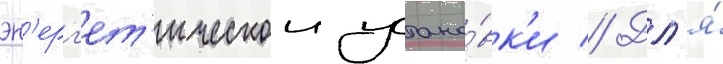
эн'ерг'ет'ическои устано́вк'и // Дл'я́